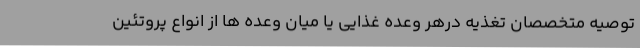
توصیه متخصصان تغذیه درهر وعده غذایی یا میان وعده ها از انواع پروتئین